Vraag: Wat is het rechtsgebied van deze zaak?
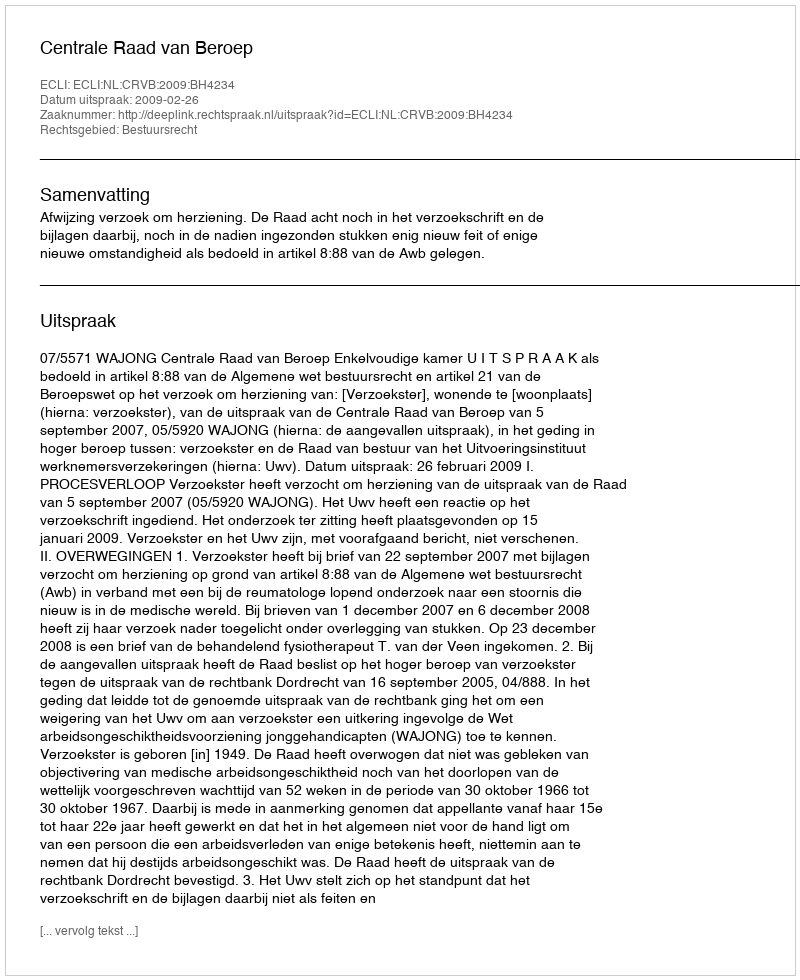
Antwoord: Bestuursrecht